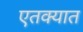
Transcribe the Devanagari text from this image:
एतक्यात